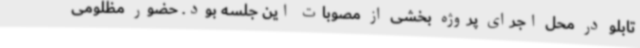
تابلو در محل اجرای پروژه بخشی از مصوبات این جلسه بود. حضور مظلومی